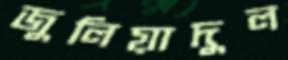
জুলিয়াদুল